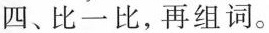
四、比一比，再组词。